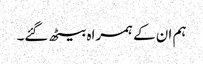
ہم ان کے ہمراہ بیٹھ گئے۔